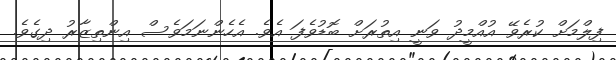
ފިލްމަށް ކުރެވޭ އުއްމީދު ވަނީ އިތުރަށް ބޮޑުވެފަ އެވެ. އެހެންނަމަވެސް އިންތިޒާރު ދިގެވެ.